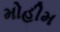
મોહીમ